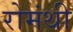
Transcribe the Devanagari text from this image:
रोमंथी